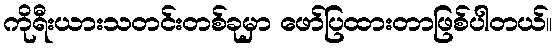
ကိုရီးယားသတင်းတစ်ခုမှာ ဖော်ပြထားတာဖြစ်ပါတယ်။